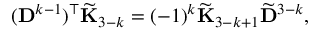
( { \bf D } ^ { k - 1 } ) ^ { \top } \widetilde { \bf K } _ { 3 - k } = ( - 1 ) ^ { k } \widetilde { \bf K } _ { 3 - k + 1 } \widetilde { \bf D } ^ { 3 - k } ,